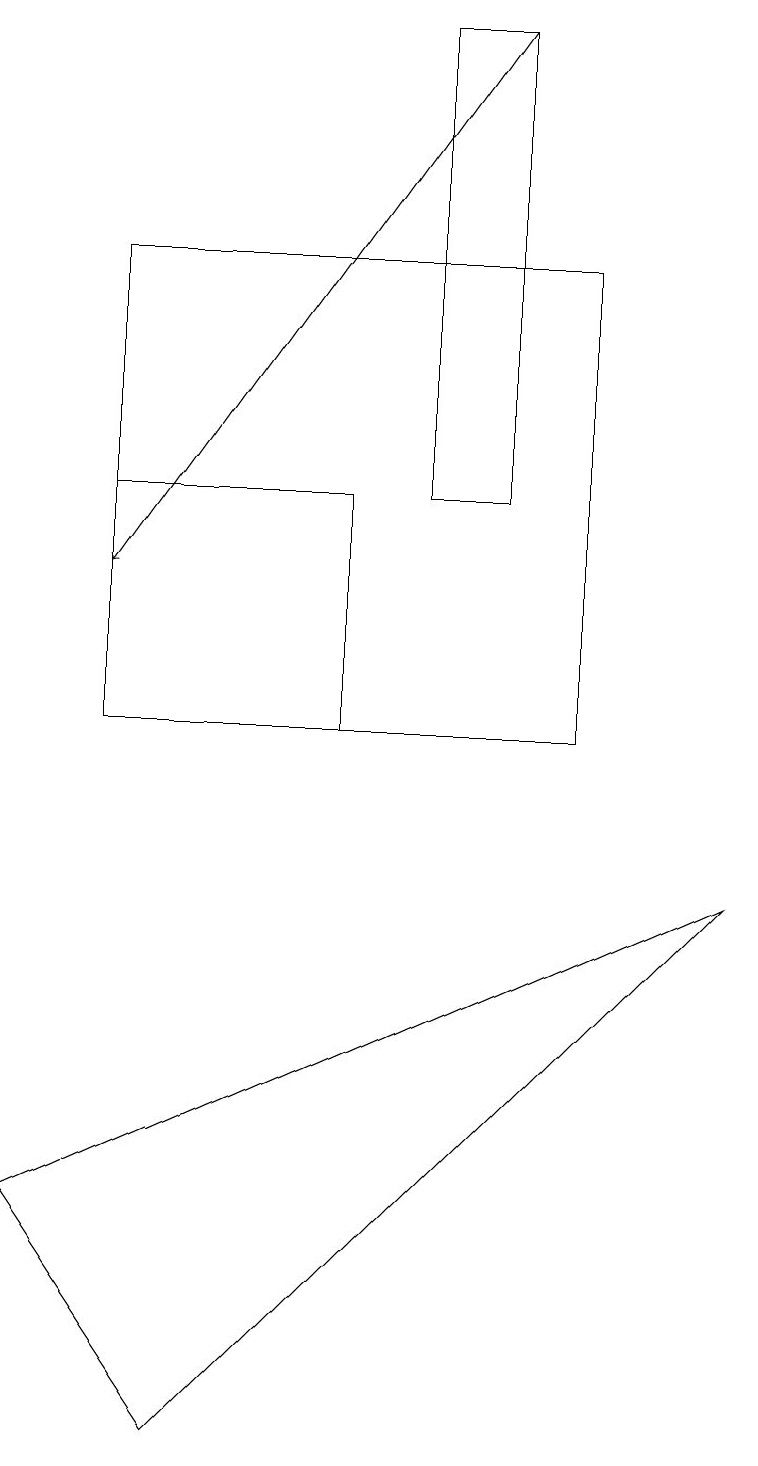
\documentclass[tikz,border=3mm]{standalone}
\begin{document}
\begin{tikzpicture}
\draw (7,16) rectangle (1,10);
\draw (4,13) rectangle (1,10);
\draw (9,8) -- (0,4) -- (2,1) -- cycle;
\draw[->] (6,19) -- (1,12);
\draw (5,13) rectangle (6,19);
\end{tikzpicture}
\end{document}